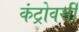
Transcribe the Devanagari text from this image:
कंट्रोवर्सी